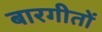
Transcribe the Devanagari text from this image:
बारगीतों